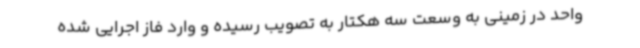
واحد در زمینی به وسعت سه هکتار به تصویب رسیده و وارد فاز اجرایی شده